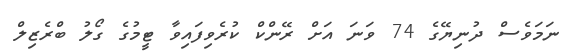
ނަމަވެސް ދުނިޔޭގެ 74 ވަނަ އަށް ރޭންކް ކުރެވިފައިވާ ޓީމުގެ ގޯލު ބްރެޒިލް